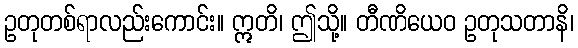
ဥတုတစ်ရာလည်းကောင်း။ ဣတိ၊ ဤသို့။ တီဏိယေဝ ဥတုသတာနိ၊